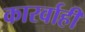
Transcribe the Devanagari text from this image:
कारर्वाही